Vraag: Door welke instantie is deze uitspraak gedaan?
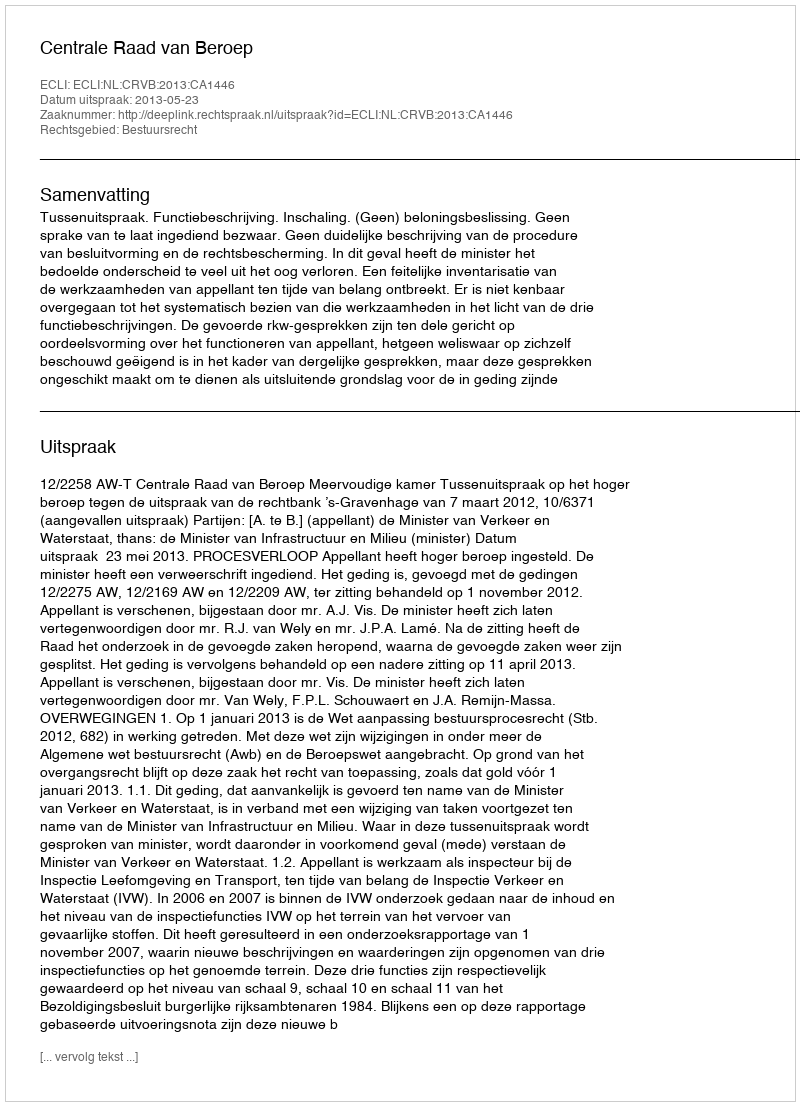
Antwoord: Centrale Raad van Beroep